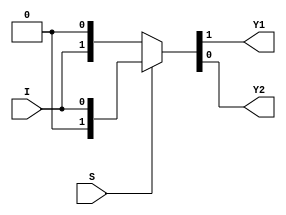
`timescale 1ns / 1ps
//////////////////////////////////////////////////////////////////////////////////
// Company: 
// Engineer: 
// 
// Design Name: 
// Module Name: Demux_1x2_df
// Project Name: 
// Target Devices: 
// Tool Versions: 
// Description: 
// 
// Dependencies: 
// 
// Revision:
// Revision 0.01 - File Created
// Additional Comments:
// 
//////////////////////////////////////////////////////////////////////////////////


module Demux_1x2_df(
input I,S,
output Y1,Y2
    );
    assign {Y1,Y2} = S?{1'b0,I}:{I,1'b0};
endmodule